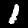
Digit: 1